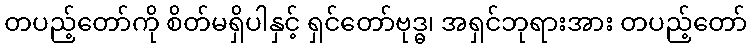
တပည့်တော်ကို စိတ်မရှိပါနှင့် ရှင်တော်ဗုဒ္ဓ၊ အရှင်ဘုရားအား တပည့်တော်